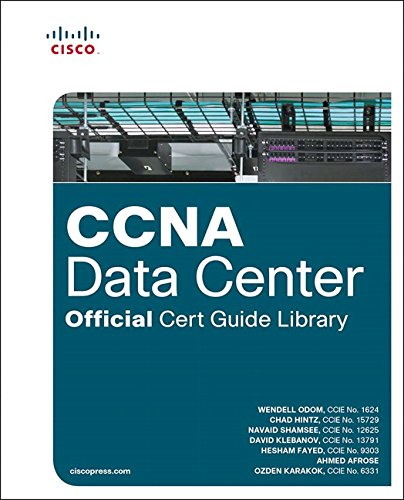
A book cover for CCNA Data Center Official Cert Guide Library (Certification Guide); Wendell Odom; Computers & Technology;